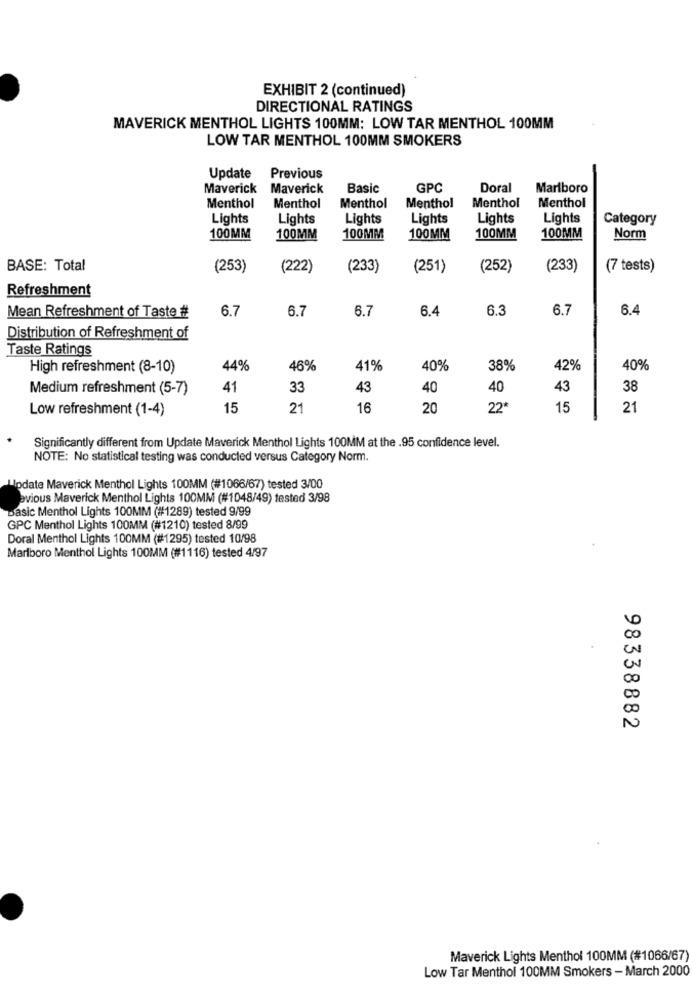
EXHIBIT 2 (continued)
DIRECTIONAL RATINGS
MAVERICK MENTHOL LIGHTS 100MM: LOW TAR MENTHOL 100MM
LOW TAR MENTHOL 100MM SMOKERS
Update
Previous
Maverick
Maverick
Basic
GPC
Doral
Marlboro
Menthol
Menthol
Menthol
Menthol
Menthol
Menthol
Lights
Lights
Lights
Lights
Lights
Lights
Category
100MM
100MM
100MM
100MM
100MM
100MM
Norm
BASE: Total
(253)
(222)
(233)
(251)
(252)
(233)
(7 tests)
Refreshment
6.7
6.7
6.7
6.4
6.3
6.7
6.4
Mean Refreshment of Taste #
Distribution of Refreshment of
Taste Ratings
High refreshment (8-10)
44%
46%
41%
40%
38%
42%
40%
Medium refreshment (5-7)
41
33
43
40
40
43
38
Low refreshment (1-4)
15
21
16
20
22*
15
21
Significantly different from Update Maverick Menthol Lights 100MM at the .95 confidence level.
NOTE: No statistical testing was conducted versus Category Norm.
Lodate Maverick Menthol Lights 100MM (#1066/67) tested 3/00
avious Maverick Menthol Lights 100MM (#1048/49) tested 3/98
basic Menthol Lights 100MM (#1289) tested 9/99
GPC Menthol Lights 100MM (#1210) tested 8/99
Doral Menthol Lights 100MM (#1295) tested 10/98
Marlboro Menthol Lights 100MM (#1116) tested 4/97
98338882
Maverick Lights Menthol 100MM (#1066/67)
Low Tar Menthol 100MM Smokers - March 2000